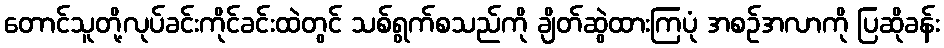
တောင်သူတို့လုပ်ခင်းကိုင်ခင်းထဲတွင် သစ်ရွက်စသည်ကို ချိတ်ဆွဲထားကြပုံ အစဉ်အလာကို ပြဆိုခန်း